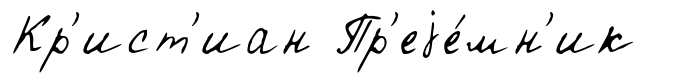
Кр'ист'иан Пр'еjе́мн'ик